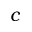
c